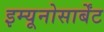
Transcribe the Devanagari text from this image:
इम्यूनोसार्बेंट